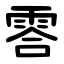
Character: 䨐